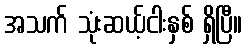
အသက် သုံးဆယ့်ငါးနှစ် ရှိပြီ။